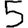
Digit: 5